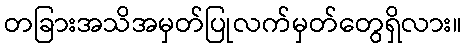
တခြားအသိအမှတ်ပြုလက်မှတ်တွေရှိလား။